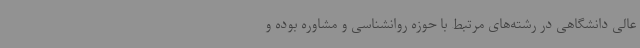
عالی دانشگاهی در رشته‌های مرتبط با حوزه روانشناسی و مشاوره بوده و